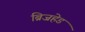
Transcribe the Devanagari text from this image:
ब्रिजहेड